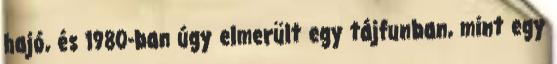
hajó, és 1980-ban úgy elmerült egy tájfunban, mint egy